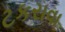
ટકરાવા